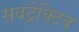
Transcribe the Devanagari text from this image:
सबट्रैक्टिव